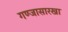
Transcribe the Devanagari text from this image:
गण्जासारखा